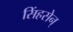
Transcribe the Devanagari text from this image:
सिंहसेन्